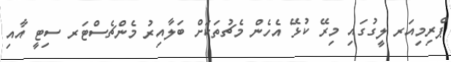
ޕްރިމިއަރ ލީގުގައި މިރޭ ކުޅޭ އެހެން މެޗުތަކަށް ބަލާއިރު މެންޗެސްޓަރ ސިޓީ އާއި